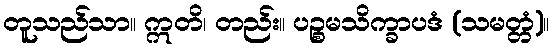
တူသည်သာ။ ဣတိ၊ တည်း။ ပဉ္စမသိက္ခာပဒံ (သမတ္တံ)။